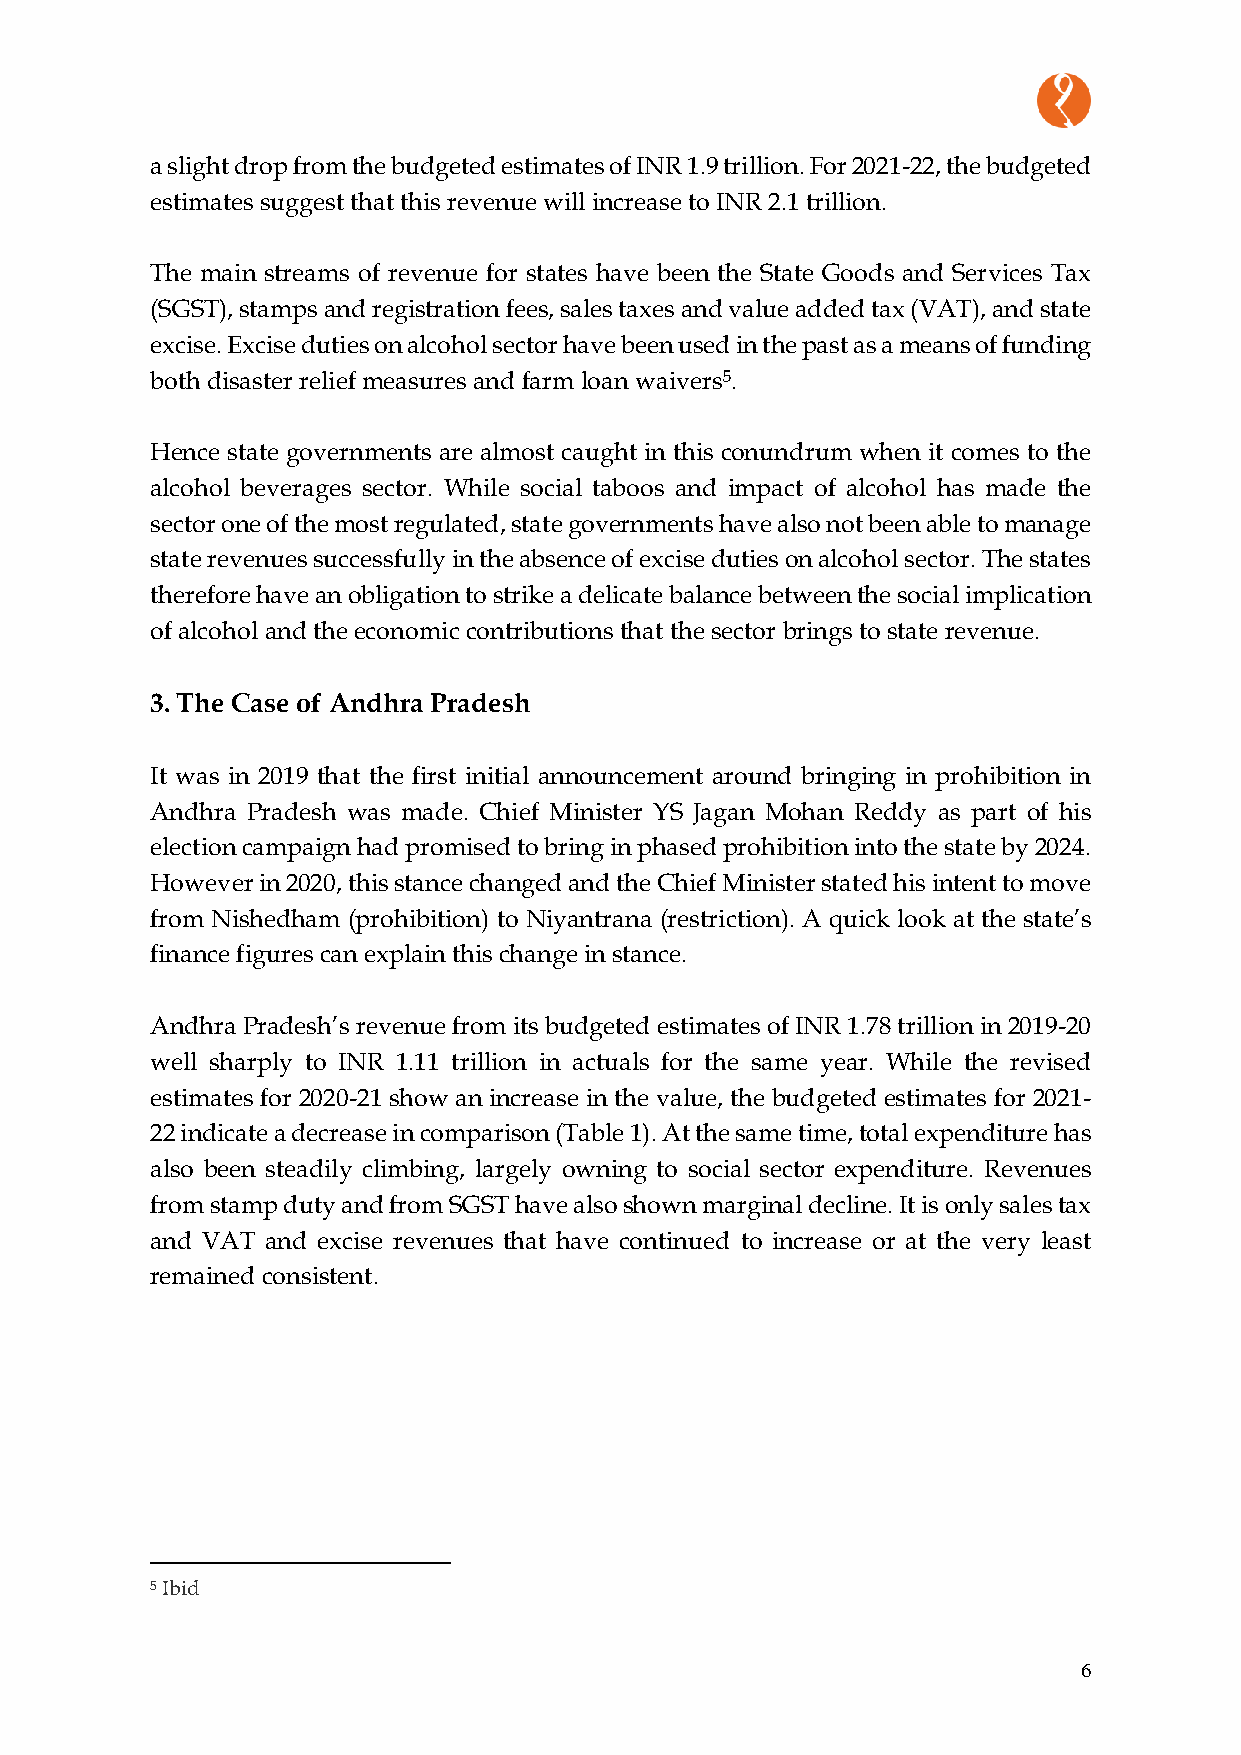
a slight drop from the budgeted estimates of INR 1.9 trillion. For 2021-22, the budgeted
 estimates suggest that this revenue will increase to INR 2.1 trillion.
 The main streams of revenue for states have been the State Goods and Services Tax
 (SGST), stamps and registration fees, sales taxes and value added tax (VAT), and state
 excise. Excise duties on alcohol sector have been used in the past as a means of funding
 both disaster relief measures and farm loan waivers5.
 Hence state governments are almost caught in this conundrum when it comes to the
 alcohol beverages sector. While social taboos and impact of alcohol has made the
 sector one of the most regulated, state governments have also not been able to manage
 state revenues successfully in the absence of excise duties on alcohol sector. The states
 therefore have an obligation to strike a delicate balance between the social implication
 of alcohol and the economic contributions that the sector brings to state revenue.
 3. The Case of Andhra Pradesh
 It was in 2019 that the first initial announcement around bringing in prohibition in
 Andhra Pradesh was made. Chief Minister YS Jagan Mohan Reddy as part of his
 election campaign had promised to bring in phased prohibition into the state by 2024.
 However in 2020, this stance changed and the Chief Minister stated his intent to move
 from Nishedham (prohibition) to Niyantrana (restriction). A quick look at the state’s
 finance figures can explain this change in stance.
 Andhra Pradesh’s revenue from its budgeted estimates of INR 1.78 trillion in 2019-20
 well sharply to INR 1.11 trillion in actuals for the same year. While the revised
 estimates for 2020-21 show an increase in the value, the budgeted estimates for 2021-
 22 indicate a decrease in comparison (Table 1). At the same time, total expenditure has
 also been steadily climbing, largely owning to social sector expenditure. Revenues
 from stamp duty and from SGST have also shown marginal decline. It is only sales tax
 and VAT and excise revenues that have continued to increase or at the very least
 remained consistent.
 5 Ibid
 6